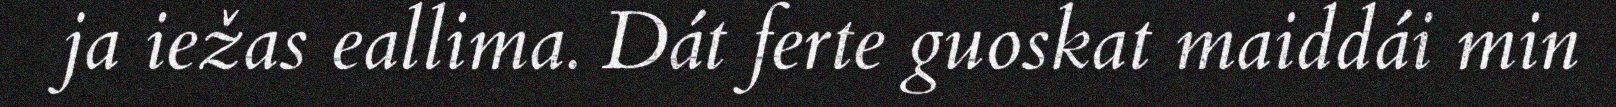
ja iežas eallima. Dát ferte guoskat maiddái min